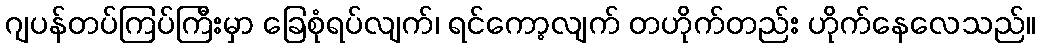
ဂျပန်တပ်ကြပ်ကြီးမှာ ခြေစုံရပ်လျက်၊ ရင်ကော့လျက် တဟိုက်တည်း ဟိုက်နေလေသည်။